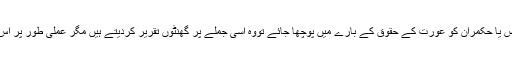
اگر کسی بھی شخص یا حکمران کو عورت کے حقوق کے بارے میں پوچھا جائے تووہ اسی جملے پر گھنٹوں تقریر کردیتے ہیں مگر عملی طور پر اس کا ثبوت نہیں ملتا۔